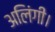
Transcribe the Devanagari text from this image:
अलिंगी।